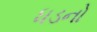
ધડનો